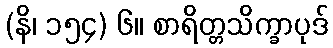
(နိ၊ ၁၅၄) ၆။ စာရိတ္တသိက္ခာပုဒ်